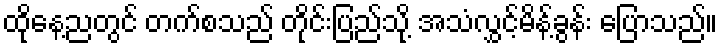
ထိုနေ့ညတွင် တက်စသည် တိုင်းပြည်သို့ အသံလွှင့်မိန့်ခွန်း ပြောသည်။